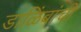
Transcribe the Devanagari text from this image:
डाळिंबांची